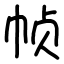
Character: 帧